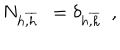
N _ { h \overline { { { , h } } } \ \ } = \delta _ { h \overline { { { , h } } } \ \ } ,